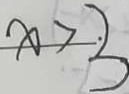
x > 3